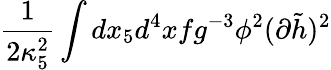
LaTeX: \frac{1}{2\kappa_{5}^{2}}\int dx_{5}d^{4}xfg^{-3}\phi^{2}(\partial\tilde{h})^{2}